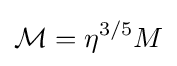
{\mathcal {M}}=\eta ^{3/5}M